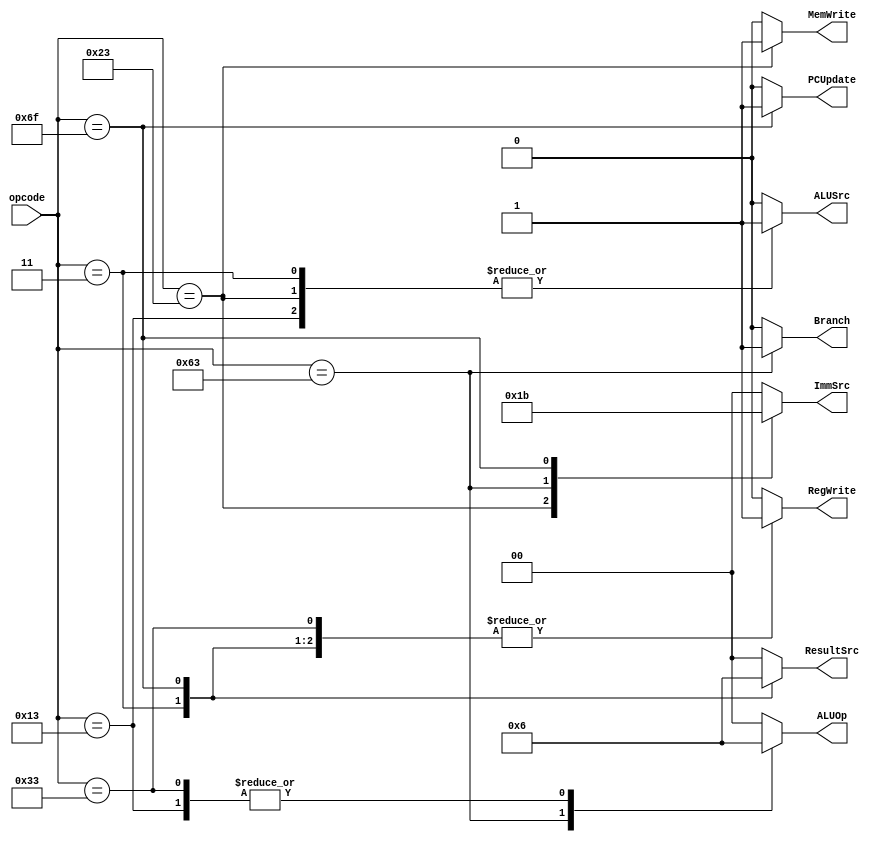
module Main_Decoder #(parameter W = 32) (
    input [6:0] opcode,

    output reg PCUpdate,
    output reg Branch,
    output reg [1:0] ResultSrc,
    output reg MemWrite,
    output reg ALUSrc,
    output reg [1:0] ImmSrc,
    output reg RegWrite,
    output reg [1:0] ALUOp
);
parameter op_lw = 7'd3;
parameter op_sw = 7'd35;
parameter op_R_type = 7'd51;
parameter op_B_type = 7'd99;
parameter op_jal = 7'd111;
parameter op_addi = 7'd19;

always @(*) begin
    RegWrite = 1'b0;
    ImmSrc = 2'b00;
    ALUSrc = 1'b0;
    MemWrite = 1'b0;
    ResultSrc = 2'b00;
    Branch = 1'b0;
    ALUOp = 2'b00;
    PCUpdate = 1'b0; 
    case(opcode) 
        op_lw : begin 
                    RegWrite = 1'b1;
                    ImmSrc = 2'b00;
                    ALUSrc = 1'b1;
                    MemWrite = 1'b0;
                    ResultSrc = 2'b01;
                    Branch = 1'b0;
                    ALUOp = 2'b00;
                    PCUpdate = 1'b0; 
                end
        op_sw : begin 
                    RegWrite = 1'b0;
                    ImmSrc = 2'b01;
                    ALUSrc = 1'b1;
                    MemWrite = 1'b1;
                    Branch = 1'b0;
                    ALUOp = 2'b00;
                    PCUpdate = 1'b0; 
                end
        op_R_type : begin 
                        RegWrite = 1'b1;
                        ALUSrc = 1'b0;
                        MemWrite = 1'b0;
                        ResultSrc = 2'b00;
                        Branch = 1'b0;
                        ALUOp = 2'b10;
                        PCUpdate = 1'b0; 
                    end
        op_B_type : begin 
                    RegWrite = 1'b0;
                    ImmSrc = 2'b10;
                    ALUSrc = 1'b0;
                    MemWrite = 1'b0;
                    Branch = 1'b1;
                    ALUOp = 2'b01;
                    PCUpdate = 1'b0; 
                end
        op_addi : begin 
                    RegWrite = 1'b1;
                    ImmSrc = 2'b00;
                    ALUSrc = 1'b1;
                    MemWrite = 1'b0;
                    ResultSrc = 2'b00;
                    Branch = 1'b0;
                    ALUOp = 2'b10;
                    PCUpdate = 1'b0; 
                end
        op_jal : begin 
                    RegWrite = 1'b1;
                    ImmSrc = 2'b11;
                    MemWrite = 1'b0;
                    ResultSrc = 2'b10;
                    Branch = 1'b0;
                    PCUpdate = 1'b1; 
                end
    endcase
end
endmodule